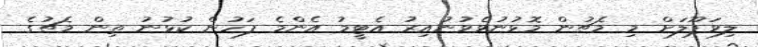
ލިވަޕޫލަށް މި މެޗުން މޮޅުނުވެވުނުއިރު އެޓީމު އެންމެ ފަހުން ކުޅުނު ތިން މެޗުގެ